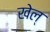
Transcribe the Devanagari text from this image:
खेल्